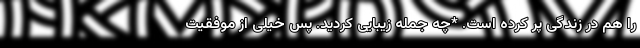
را هم در زندگی پر کرده است. *چه جمله زیبایی کردید. پس خیلی از موفقیت